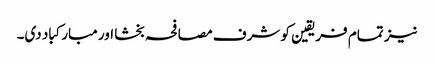
نیز تمام فریقین کو شرف مصافحہ بخشا اور مبارکباد دی۔